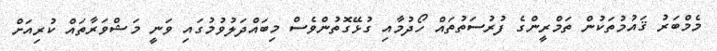
މެމްބަރު ޤައުމުތަކުން ތަމްރީންގެ ފުރުސަތުތައް ހޯދުމާއި ގުޅޭގޮތުންވެސް މިބައްދަލުވުމުގައި ވަނީ މަޝްވަރާތައް ކުރިއަށް